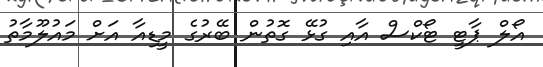
އޯލް ޕާޓީ ޓޯކްސް އާއި ގުޅޭ ގޮތުން ބޭރުގެ މީޑިއާ އަށް މައުލޫމާތު